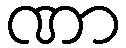
ဏာ